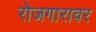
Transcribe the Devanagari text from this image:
रोजगारावर